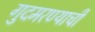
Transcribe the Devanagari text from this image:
गुदमरण्याची